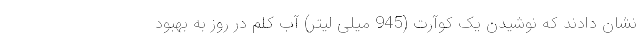
نشان دادند که نوشیدن یک کوآرت (945 میلی لیتر) آب کلم در روز به بهبود